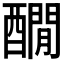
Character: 𨣇